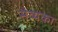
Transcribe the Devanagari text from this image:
सेव्यका